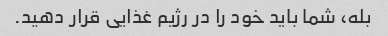
بله، شما باید خود را در رژیم غذایی قرار دهید.